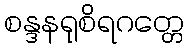
စန္ဒနရုစိရဂတ္တေ